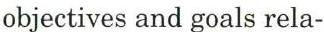
objectives and goals rela-